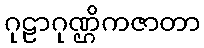
ဂုဠာဂုဏ္ဌိကဇာတာ